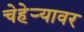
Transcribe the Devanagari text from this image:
चेहेऱ्यावर